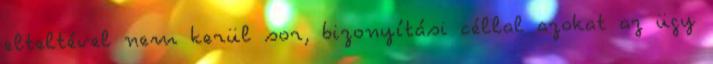
elteltével nem kerül sor, bizonyítási céllal azokat az ügy